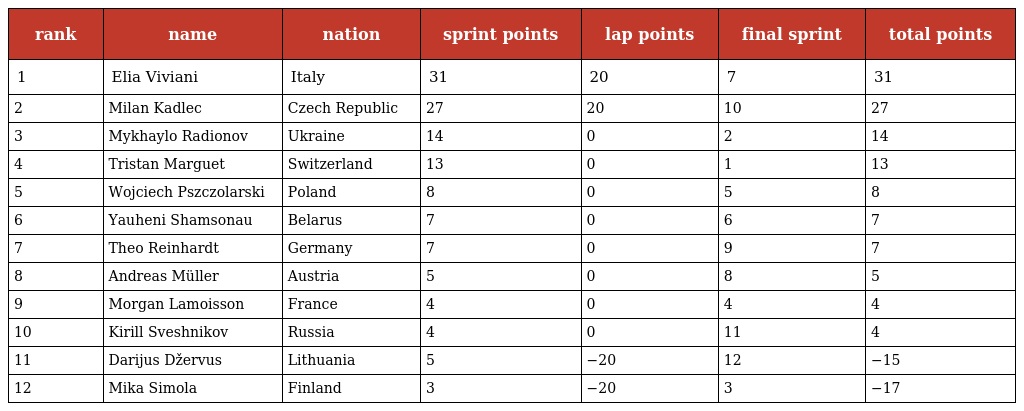
| rank | name | nation | sprint points | lap points | final sprint | total points |
 | --- | --- | --- | --- | --- | --- | --- |
 | 1 | Elia Viviani | Italy | 31 | 20 | 7 | 31 |
 | 2 | Milan Kadlec | Czech Republic | 27 | 20 | 10 | 27 |
 | 3 | Mykhaylo Radionov | Ukraine | 14 | 0 | 2 | 14 |
 | 4 | Tristan Marguet | Switzerland | 13 | 0 | 1 | 13 |
 | 5 | Wojciech Pszczolarski | Poland | 8 | 0 | 5 | 8 |
 | 6 | Yauheni Shamsonau | Belarus | 7 | 0 | 6 | 7 |
 | 7 | Theo Reinhardt | Germany | 7 | 0 | 9 | 7 |
 | 8 | Andreas Müller | Austria | 5 | 0 | 8 | 5 |
 | 9 | Morgan Lamoisson | France | 4 | 0 | 4 | 4 |
 | 10 | Kirill Sveshnikov | Russia | 4 | 0 | 11 | 4 |
 | 11 | Darijus Džervus | Lithuania | 5 | −20 | 12 | −15 |
 | 12 | Mika Simola | Finland | 3 | −20 | 3 | −17 |